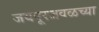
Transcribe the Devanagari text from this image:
जयपूरजवळच्या